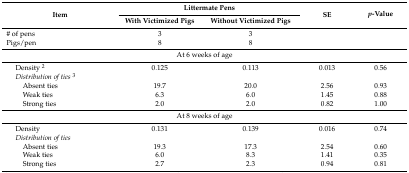
| <ROWSPAN=2> Item | <COLSPAN=2> Littermate Pens | <ROWSPAN=2> SE | <ROWSPAN=2> p-Value |
 | With Victimized Pigs | Without Victimized Pigs |
 | --- | --- | --- | --- | --- |
 | # of pens | 3 | 3 |  |  |
 | Pigs/pen | 8 | 8 |  |  |
 | <COLSPAN=5> At 6 weeks of age |
 | Density 2 | 0.125 | 0.113 | 0.013 | 0.56 |
 | Distribution of ties3 |  |  |  |  |
 | Absent ties | 19.7 | 20.0 | 2.56 | 0.93 |
 | Weak ties | 6.3 | 6.0 | 1.45 | 0.88 |
 | Strong ties | 2.0 | 2.0 | 0.82 | 1.00 |
 | <COLSPAN=5> At 8 weeks of age |
 | Density | 0.131 | 0.139 | 0.016 | 0.74 |
 | Distribution of ties |  |  |  |  |
 | Absent ties | 19.3 | 17.3 | 2.54 | 0.60 |
 | Weak ties | 6.0 | 8.3 | 1.41 | 0.35 |
 | Strong ties | 2.7 | 2.3 | 0.94 | 0.81 |